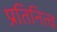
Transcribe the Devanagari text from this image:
प्रतिनित्व